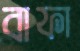
বাফা